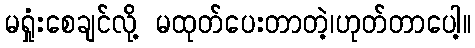
မရှုံးစေချင်လို့ မထုတ်ပေးတာတဲ့၊ဟုတ်တာပေါ့။